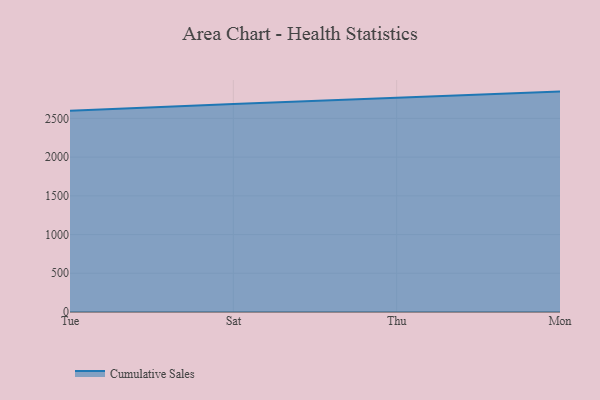
{"axis": {"x": "Day", "y": "Inventory Turnover"}, "legend": ["Cumulative Sales"], "data": [{"x": "Tue", "y": 2597.3, "type": "Cumulative Sales"}, {"x": "Sat", "y": 2686.6, "type": "Cumulative Sales"}, {"x": "Thu", "y": 2765.8, "type": "Cumulative Sales"}, {"x": "Mon", "y": 2846.1, "type": "Cumulative Sales"}]}